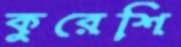
কুরেশি